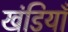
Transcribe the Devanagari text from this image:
खंडियाँ